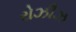
રોઝીઝ